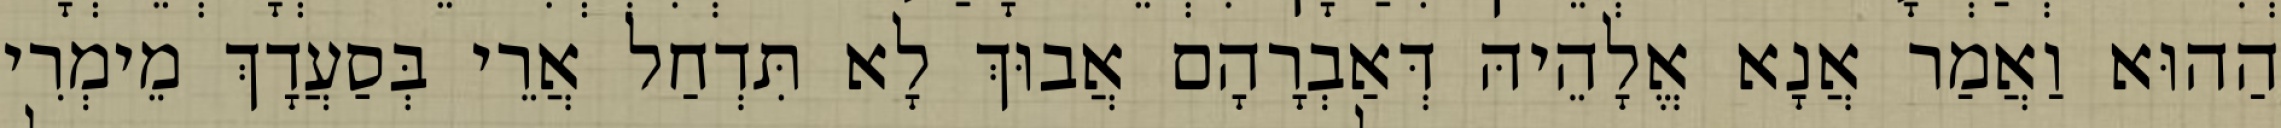
הַהוּא וַאֲמַר אֲנָא אֱלָהֵיהּ דְּאַבְרָהָם אֲבוּךְ לָא תִּדְחַל אֲרֵי בְּסַעֲדָךְ מֵימְרִי